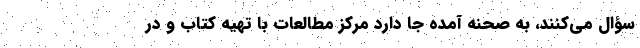
سؤال می‌کنند، به صحنه آمده جا دارد مرکز مطالعات با تهیه کتاب و در